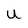
Character: U